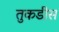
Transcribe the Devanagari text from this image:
तुकडीस